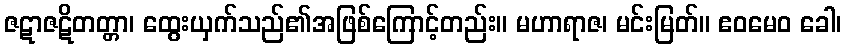
ဇဋာဇဋိတတ္တာ၊ ထွေးယှက်သည်၏အဖြစ်ကြောင့်တည်း။ မဟာရာဇ၊ မင်းမြတ်။ ဧဝမေဝ ခေါ၊